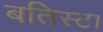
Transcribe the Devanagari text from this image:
बतिस्टा